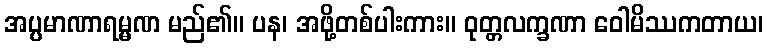
အပ္ပမာဏာရမ္မဏ မည်၏။ ပန၊ အဖို့တစ်ပါးကား။ ဝုတ္တလက္ခဏာ ဝေါမိဿကတာယ၊